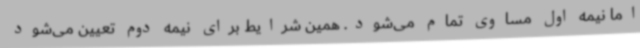
اما نیمه اول مساوی تمام می‌شود. همین شرایط برای نیمه دوم تعیین می‌شود